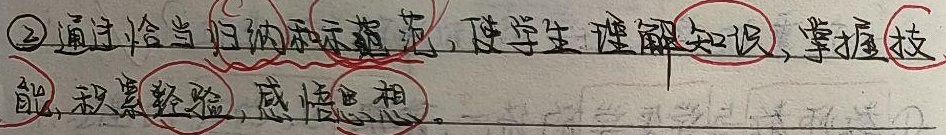
\textcircled{2}通过恰当归纳和示范，使学生理解知识，掌握技能，积累经验，感悟思想。